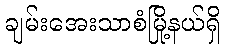
ချမ်းအေးသာစံမြို့နယ်ရှိ